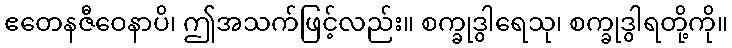
ဧတေနဇီဝေနာပိ၊ ဤအသက်ဖြင့်လည်း။ စက္ခုဒွါရေသု၊ စက္ခုဒွါရတို့ကို။